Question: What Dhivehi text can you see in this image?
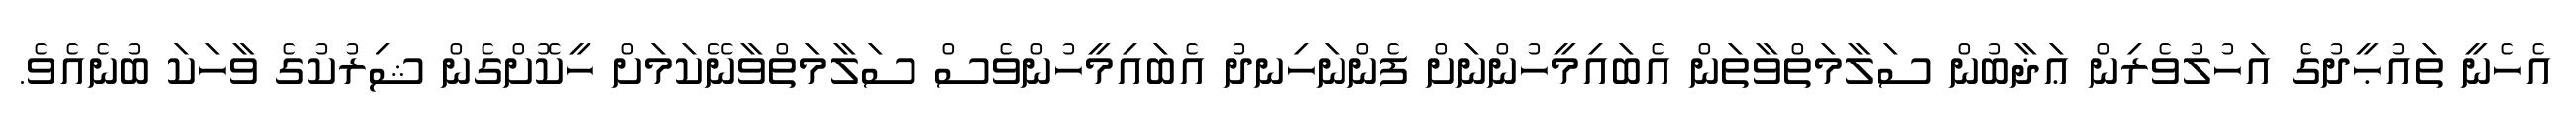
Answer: އެހެނީ ތައުޙީދުގެ އަހުލުވެރިން ޢަޛާބުން ސަލާމަތްވާތަން އެބައިމީހުންނަށް ފެންނަހިނދު އެބައިމީހުންވެސް ސަލާމަތްވާނޭކަމަށް ހީކޮށްގެން ޝިރުކުގެ ވާހަކަ ބުނެއެވެ.